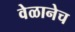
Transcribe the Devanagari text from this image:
वेळानेच